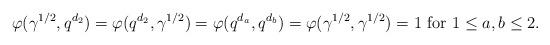
LaTeX: \begin{align*} \varphi(\gamma^{1/2}, q^{d_2})=\varphi(q^{d_2},\gamma^{1/2})=\varphi(q^{d_a},q^{d_b})=\varphi(\gamma^{1/2},\gamma^{1/2})=1\ \mathrm{for}\ 1\leq a,b\leq 2.\end{align*}